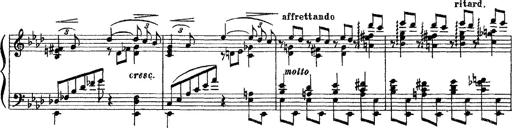
Title: 3 sonetti di Petrarca
Composer: Franz Liszt